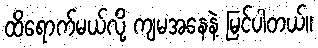
ထိရောက်မယ်လို့ ကျမအနေနဲ့ မြင်ပါတယ်။